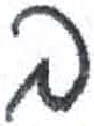
אות: ב